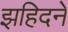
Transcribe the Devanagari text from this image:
झहिदने